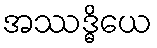
အဿဒ္ဓိယေ